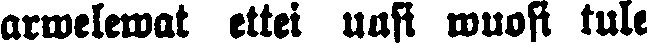
arwelewat ettei uusi wuosi tule